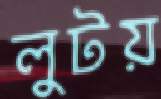
লুটয়